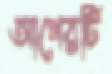
আগেরটি